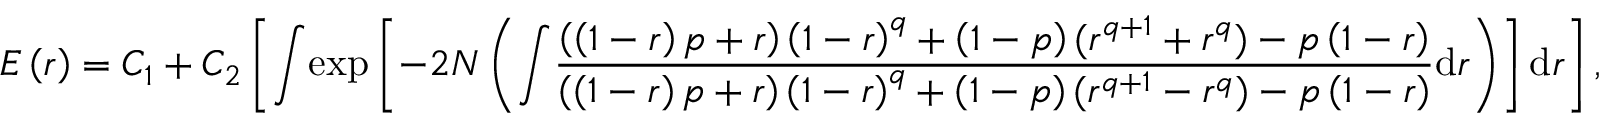
E \left( r \right) = C _ { 1 } + C _ { 2 } \left[ { \int } { \exp } \left[ { - 2 N \left( { \int } \frac { \left( \left( 1 - r \right) p + r \right) \left( 1 - r \right) ^ { q } + \left( 1 - p \right) ( r ^ { q + 1 } + r ^ { q } ) - p \left( 1 - r \right) } { \left( \left( 1 - r \right) p + r \right) \left( 1 - r \right) ^ { q } + \left( 1 - p \right) ( r ^ { q + 1 } - r ^ { q } ) - p \left( 1 - r \right) } \mathrm { d } r \right) } \right] \mathrm { d } r \right] ,